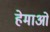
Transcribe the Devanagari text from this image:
हेमाओं